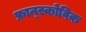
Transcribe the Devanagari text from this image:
फ्रान्स्कोविक